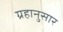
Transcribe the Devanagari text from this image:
ग्रहानुसार